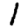
Digit: 1